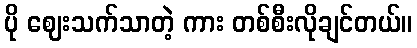
ပို ဈေးသက်သာတဲ့ ကား တစ်စီးလိုချင်တယ်။